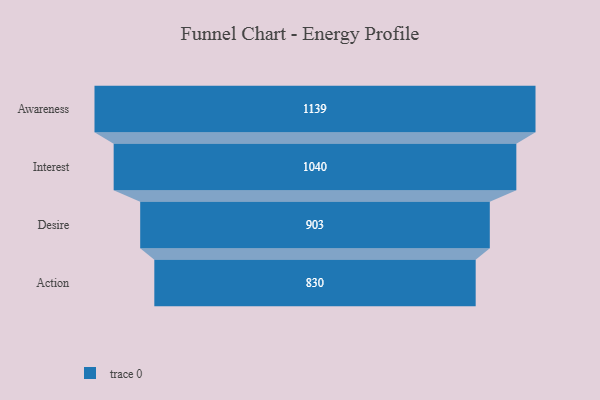
{"axis": {"x": "Stage", "y": "Value"}, "legend": [""], "data": [{"x": "Awareness", "y": 1139.0, "type": ""}, {"x": "Interest", "y": 1040.0, "type": ""}, {"x": "Desire", "y": 903.0, "type": ""}, {"x": "Action", "y": 830.0, "type": ""}]}